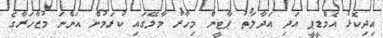
އިދިކޮޅު އެމްޑީޕީ އަދި އަދާލަތު ޕާޓީން މިހާރު މާލޭގައި ކުރަމުން އަންނަ މުޒާހަރާގެ